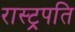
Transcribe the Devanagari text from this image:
रास्ट्रपति